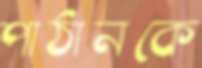
পাঠানকে